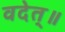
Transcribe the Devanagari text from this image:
वदेत्॥